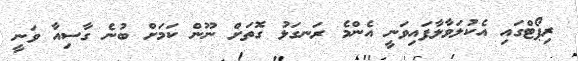
ރިޕޯޓްގައި އެކުލަވާލާފައިވަނީ އެންމެ ރަނގަޅު ގޮތަށް ނޫން ކަމަށް ބުނެ ގާސިއާ ވަނީ